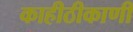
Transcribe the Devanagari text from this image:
काहीठीकाणी